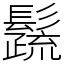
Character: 𩯕